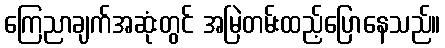
ကြေညာချက်အဆုံးတွင် အမြဲတမ်းထည့်ပြောနေသည်။